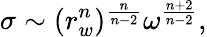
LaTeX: \sigma\sim(r_{w}^{n})^{\frac{n}{n-2}}\omega^{\frac{n+2}{n-2}},